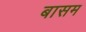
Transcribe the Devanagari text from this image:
बासम